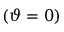
( \vartheta = 0 )